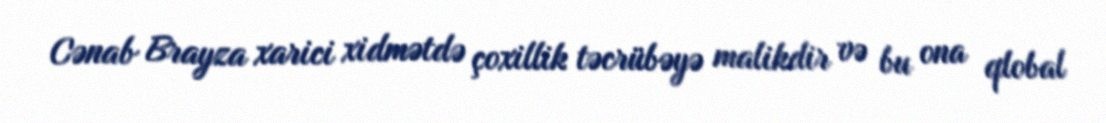
Cənab Brayza xarici xidmətdə çoxillik təcrübəyə malikdir və bu ona qlobal